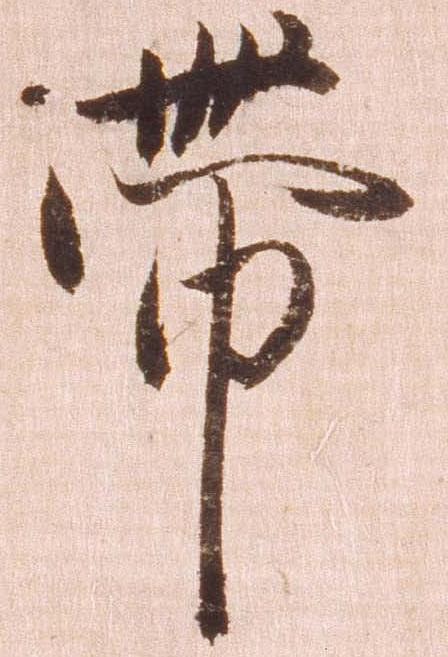
帯